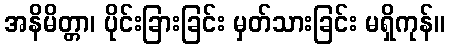
အနိမိတ္တာ၊ ပိုင်းခြားခြင်း မှတ်သားခြင်း မရှိကုန်။